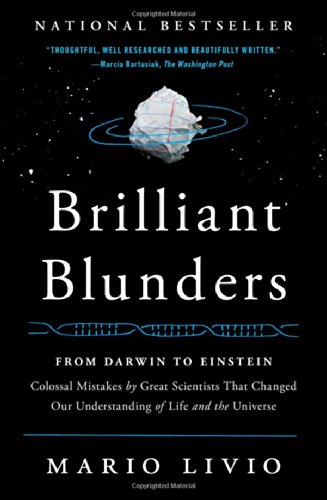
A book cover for Brilliant Blunders: From Darwin to Einstein - Colossal Mistakes by Great Scientists That Changed Our Understanding of Life and the Universe; Mario Livio; Science & Math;